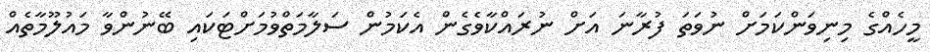
މީހެއްގެ މިނިވަންކަމަށް ނުވަތަ ފުރާނަ އަށް ނުރައްކާވެގެން އެކަމުން ސަލާމަތްވުމަށްޓަކައި ބޭނުންވާ މައުލޫމާތެއް